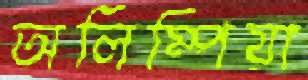
অলিম্পিয়া